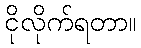
ငိုလိုက်ရတာ။